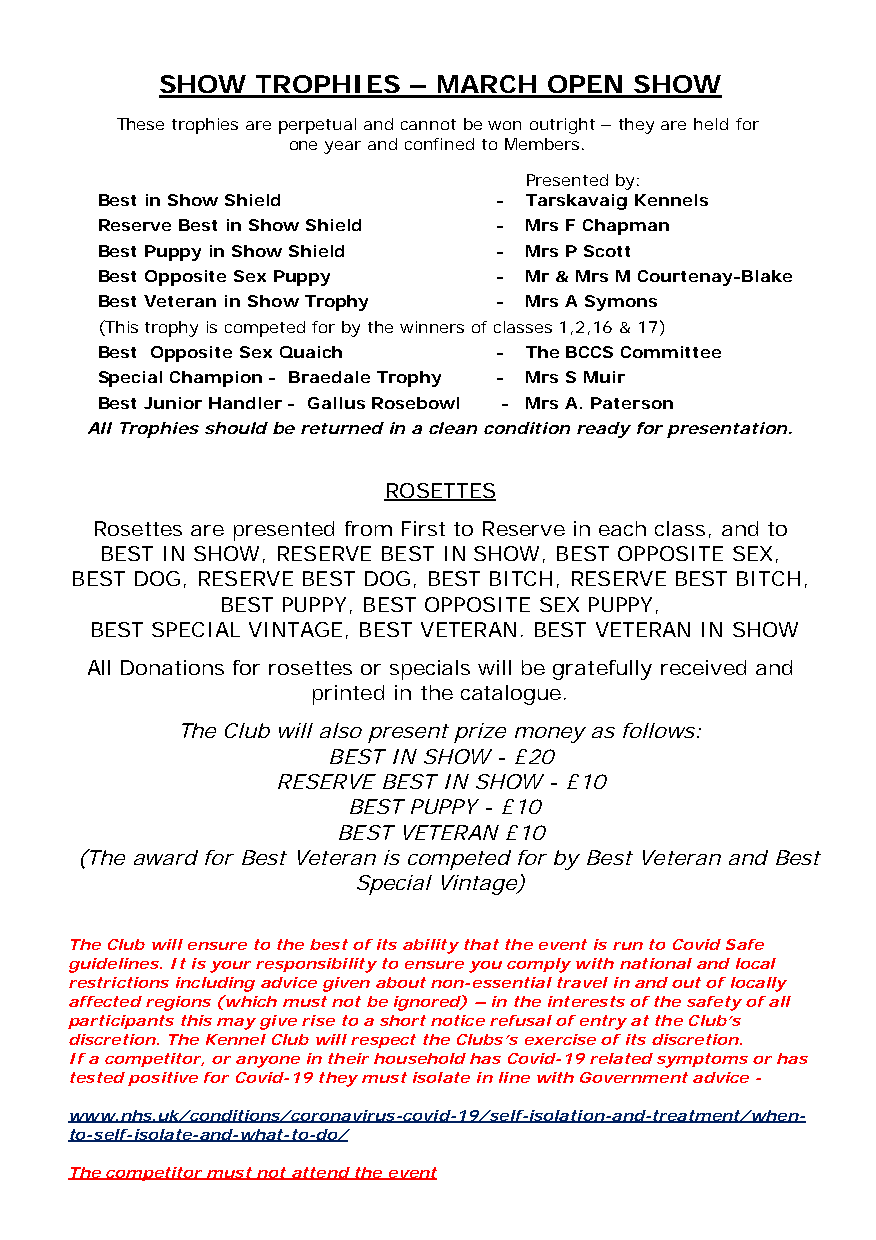
SHOW  TROPHIES  – MARCH  OPEN  SHOW
 These trophies are perpetual and cannot be won outright – they are held for
 one year and confined to Members.
 Presented by:
 Best in Show Shield        - Tarskavaig Kennels
 Reserve Best in Show Shield - Mrs F Chapman
 Best Puppy in Show Shield  - Mrs P Scott
 Best Opposite Sex Puppy    - Mr & Mrs M Courtenay-Blake
 Best Veteran in Show Trophy - Mrs A Symons
 (This trophy is competed for by the winners of classes 1,2,16 & 17)
 Best Opposite Sex Quaich   - The BCCS Committee
 Special Champion - Braedale Trophy - Mrs S Muir
 Best Junior Handler - Gallus Rosebowl - Mrs A. Paterson
 All Trophies should be returned in a clean condition ready for presentation.
 ROSETTES
 Rosettes are presented from First to Reserve in each class, and to
 BEST IN SHOW, RESERVE BEST IN SHOW, BEST OPPOSITE SEX,
 BEST DOG, RESERVE BEST DOG, BEST BITCH, RESERVE BEST BITCH,
 BEST PUPPY, BEST OPPOSITE SEX PUPPY,
 BEST SPECIAL VINTAGE, BEST VETERAN. BEST VETERAN IN SHOW
 All Donations for rosettes or specials will be gratefully received and
 printed in the catalogue.
 The Club will also present prize money as follows:
 BEST IN SHOW - £20
 RESERVE BEST IN SHOW - £10
 BEST PUPPY - £10
 BEST VETERAN £10
 (The award for Best Veteran is competed for by Best Veteran and Best
 Special Vintage)
 The Club will ensure to the best of its ability that the event is run to Covid Safe
 guidelines. It is your responsibility to ensure you comply with national and local
 restrictions including advice given about non-essential travel in and out of locally
 affected regions (which must not be ignored) – in the interests of the safety of all
 participants this may give rise to a short notice refusal of entry at the Club’s
 discretion. The Kennel Club will respect the Clubs’s exercise of its discretion.
 If a competitor, or anyone in their household has Covid-19 related symptoms or has
 tested positive for Covid-19 they must isolate in line with Government advice -
 www.nhs.uk/conditions/coronavirus-covid-19/self-isolation-and-treatment/when-
 to-self-isolate-and-what-to-do/
 The competitor must not attend the event